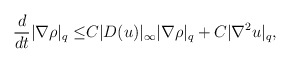
\begin{align*}\frac{d}{dt}|\nabla \rho|_q\leq& C|D( u)|_\infty|\nabla \rho|_q+C|\nabla^2 u|_q,\end{align*}